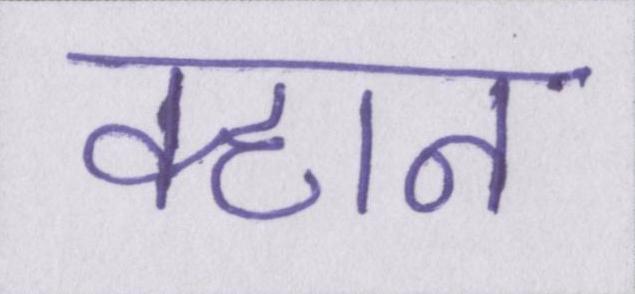
क्हान